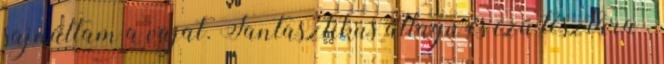
sajnáltam a vajat. Fantasztikus állagú és ízű tésztára .